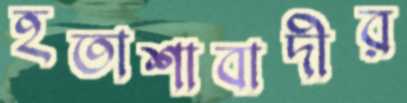
হতাশাবাদীর